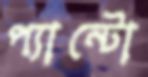
প্যান্টো